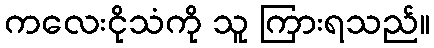
ကလေးငိုသံကို သူ ကြားရသည်။